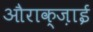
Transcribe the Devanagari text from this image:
औराक्ज़ाई